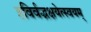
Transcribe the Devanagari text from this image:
हविर्वद्भक्षयेत्स्वयम्